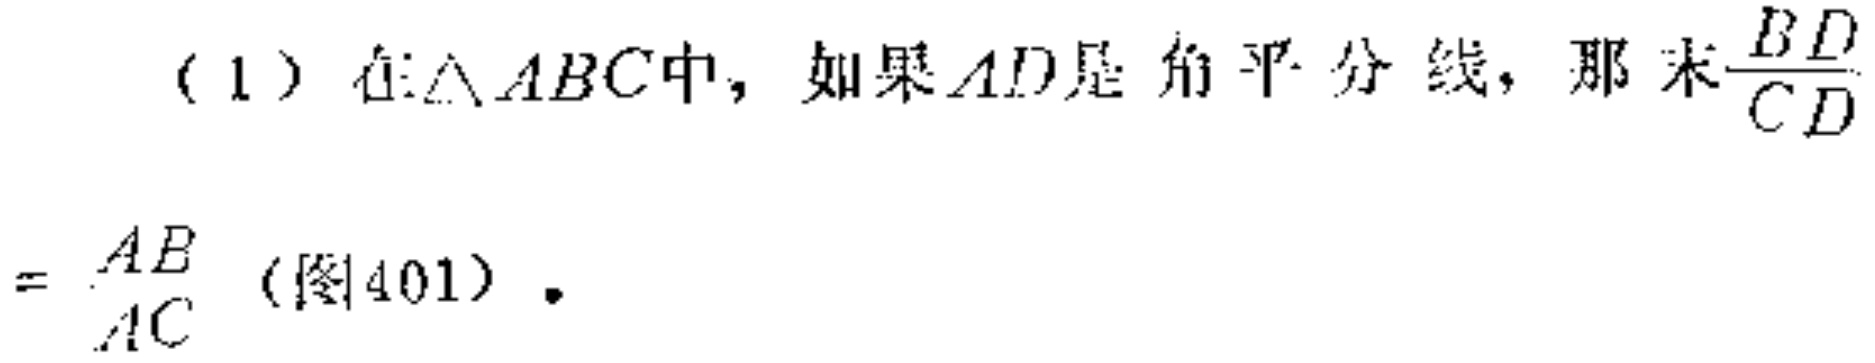
（1）在$\triangle ABC$中，如果$AD$是角平分线，那么$\frac{BD}{CD}=\frac{AB}{AC}$（图401）.